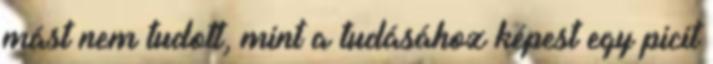
mást nem tudott, mint a tudásához képest egy picit